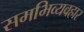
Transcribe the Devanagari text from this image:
समभिव्यवहार